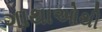
ગાથાઓથી